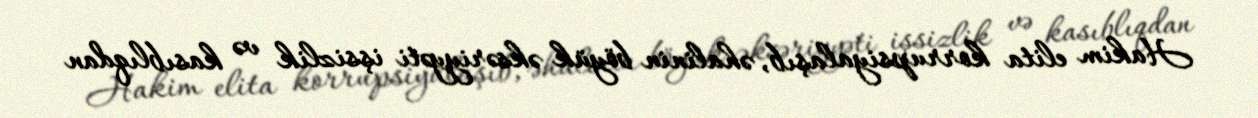
Hakim elita korrupsiyalaşıb, əhalinin böyük əksəriyyəti işsizlik və kasıblıqdan